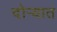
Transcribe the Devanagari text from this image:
दोर्‍यात